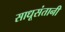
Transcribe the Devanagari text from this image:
साधूसंतानी